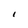
Character: I